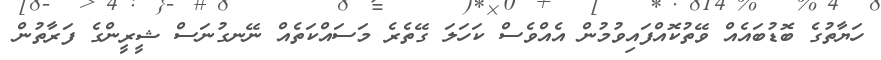
ހަޔާތުގެ ބޮޑުބައެއް ވޭތުކޮއްފައިވުމުން އެއްވެސް ކަހަލަ ގޭތެރެ މަސައްކަތެއް ނޭނގުނަސް ޝީރީންގެ ފަރާތުން